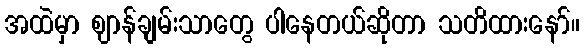
အထဲမှာ ဈာန်ချမ်းသာတွေ ပါနေတယ်ဆိုတာ သတိထားနော်။